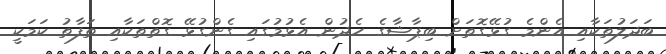
ބަދަލުތަކާއި އެންމެ ގުޅޭގޮތަށް ބިޕާޝާގެ ހެދުން އެޅުމުގައި ގެންގުޅޭ ގޮތްތަކާއި ތަފާތު ކަމަކީ